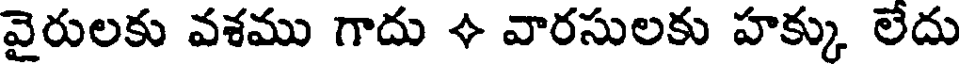
వైరులకు వశము గాదు + వారసులకు హక్కు లేదు